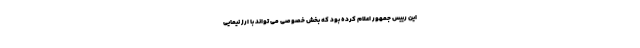
این رییس جمهور اعلام کرده بود که بخش خصوصی می تواند با ارز نیمایی